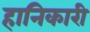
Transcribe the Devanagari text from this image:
हानिकारी